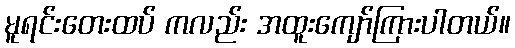
မူရင်းတေးထပ် ကလည်း အထူးကျော်ကြားပါတယ်။